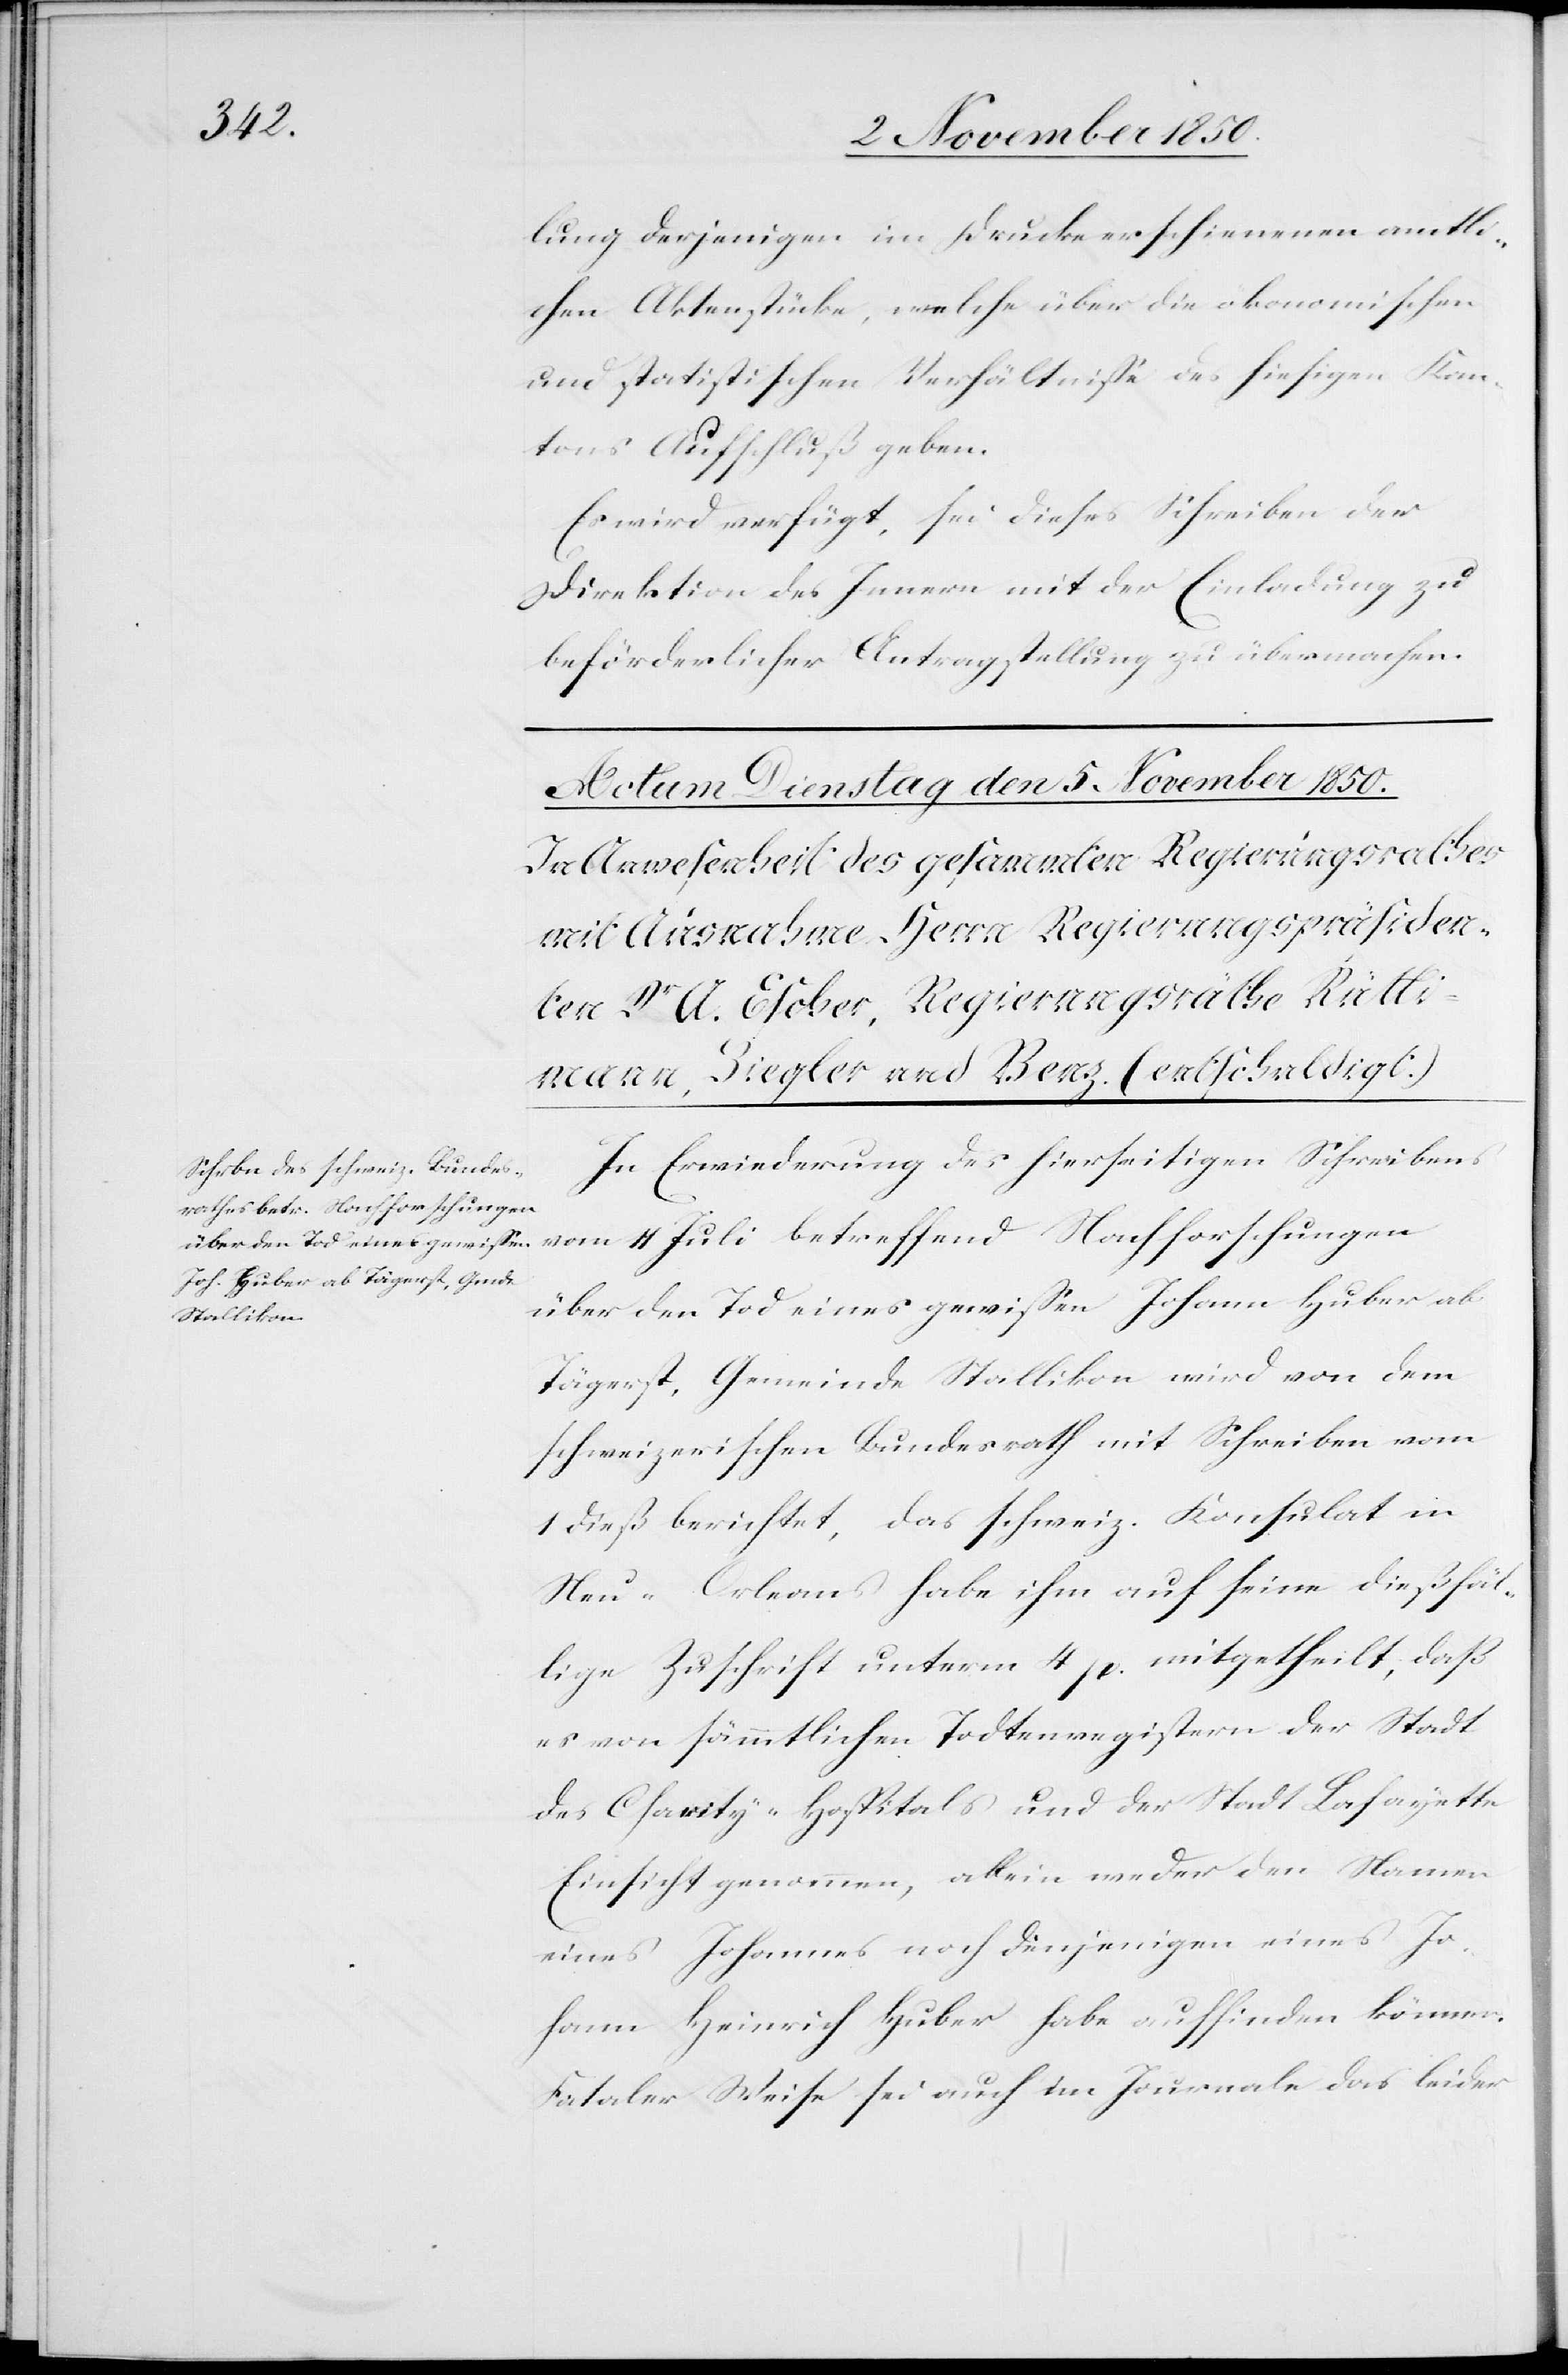
lung derjenigen im Drucke erschienenen amtli¬
chen Aktenstücke, welche über die ökonomischen
und statistischen Verhältnisse des hiesigen Kan¬
tons Aufschluß geben.
Es wird verfügt, sei dieses Schreiben der
Direktion des Innern mit der Einladung zu
beförderlicher Antragstellung zu übermachen.
In Erwiederung des hierseitigen Schreibens
vom 11 Juli betreffend Nachforschungen
über den Tod eines gewissen Johann Huber ab
Tägerst, Gemeinde Stallikon wird von dem
schweizerischen Bundesrath mit Schreiben vom
1 dieß berichtet, das schweiz. Konsulat in
Neu-Orleans habe ihm auf seine dießfäl¬
lige Zuschrift unterm 4 p. mitgeteilt, daß
es von sämmtlichen Todtenregistern der Stadt[,]
des Charity-Hospitals und der Stadt Lafayette
Einsicht genommen, allein weder den Namen
eines Johannes noch denjenigen eines Jo¬
hann Heinrich Huber habe auffinden können.
Fataler Weise sei auch im Journale das [recte: